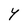
Character: Y